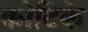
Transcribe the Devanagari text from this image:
कोटिके